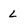
Character: L